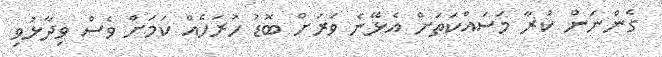
ގެންނަން ކުރާ މަސައްކަތަށް އެޅޭނެ ވަރަށް ބޮޑު ހުރަހެއް ކަމަށް ވެސް ވިދާޅުވި